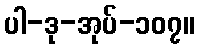
ပါ-ဒု-အုပ်-၁၀၇။